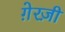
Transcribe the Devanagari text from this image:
ग़ेरज़ी